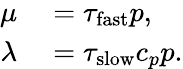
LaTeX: \begin{array}{rl}{\mu}&{{}=\tau_{\mathrm{fast}}p,}\\ {\lambda}&{{}=\tau_{\mathrm{slow}}c_{p}p.}\end{array}